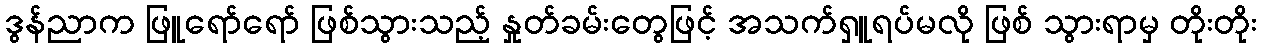
ဒွန်ညာက ဖြူရော်ရော် ဖြစ်သွားသည့် နှုတ်ခမ်းတွေဖြင့် အသက်ရှူရပ်မလို ဖြစ် သွားရာမှ တိုးတိုး